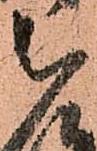
被